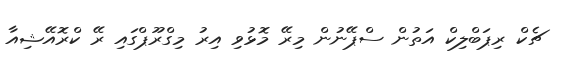
ޗެކް ރިޕަބްލިކް އަތުން ސްޕޭނުން މިރޭ މޮޅުވި އިރު މިގްރޫޕްގައި ރޭ ކްރޮއޭޝިއާ